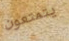
يتمتعون